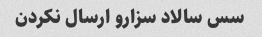
سس سالاد سزارو ارسال نکردن